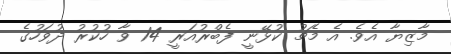
މާޒިޔާ އެވެ. އެ މެޗު ކުޅޭނީ ފެބްރުއަރީ 14 ވާ ހުކުރު ދުވަހުގެ